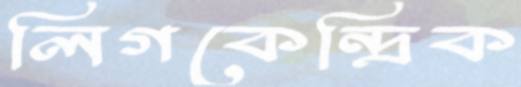
লিগকেন্দ্রিক